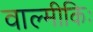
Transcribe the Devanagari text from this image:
वाल्मीकिः